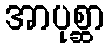
အာပုစ္ဆာ